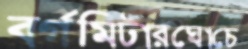
বর্গমিটারঘোচে